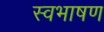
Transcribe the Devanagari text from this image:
स्वभाषण